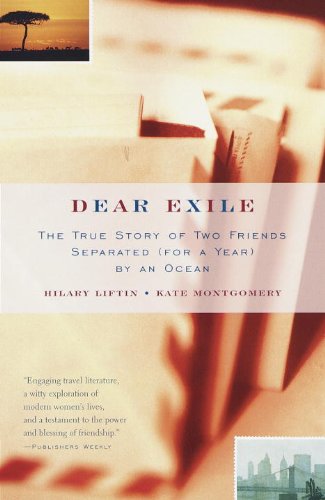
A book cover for Dear Exile : The True Story of Two Friends Separated (for a Year) by an Ocean; Hilary Liftin; History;